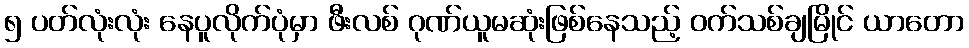
၅ ပတ်လုံးလုံး နေပူလိုက်ပုံမှာ ဖီးလစ် ဂုဏ်ယူမဆုံးဖြစ်နေသည့် ဝက်သစ်ချမြိုင် ယာတော